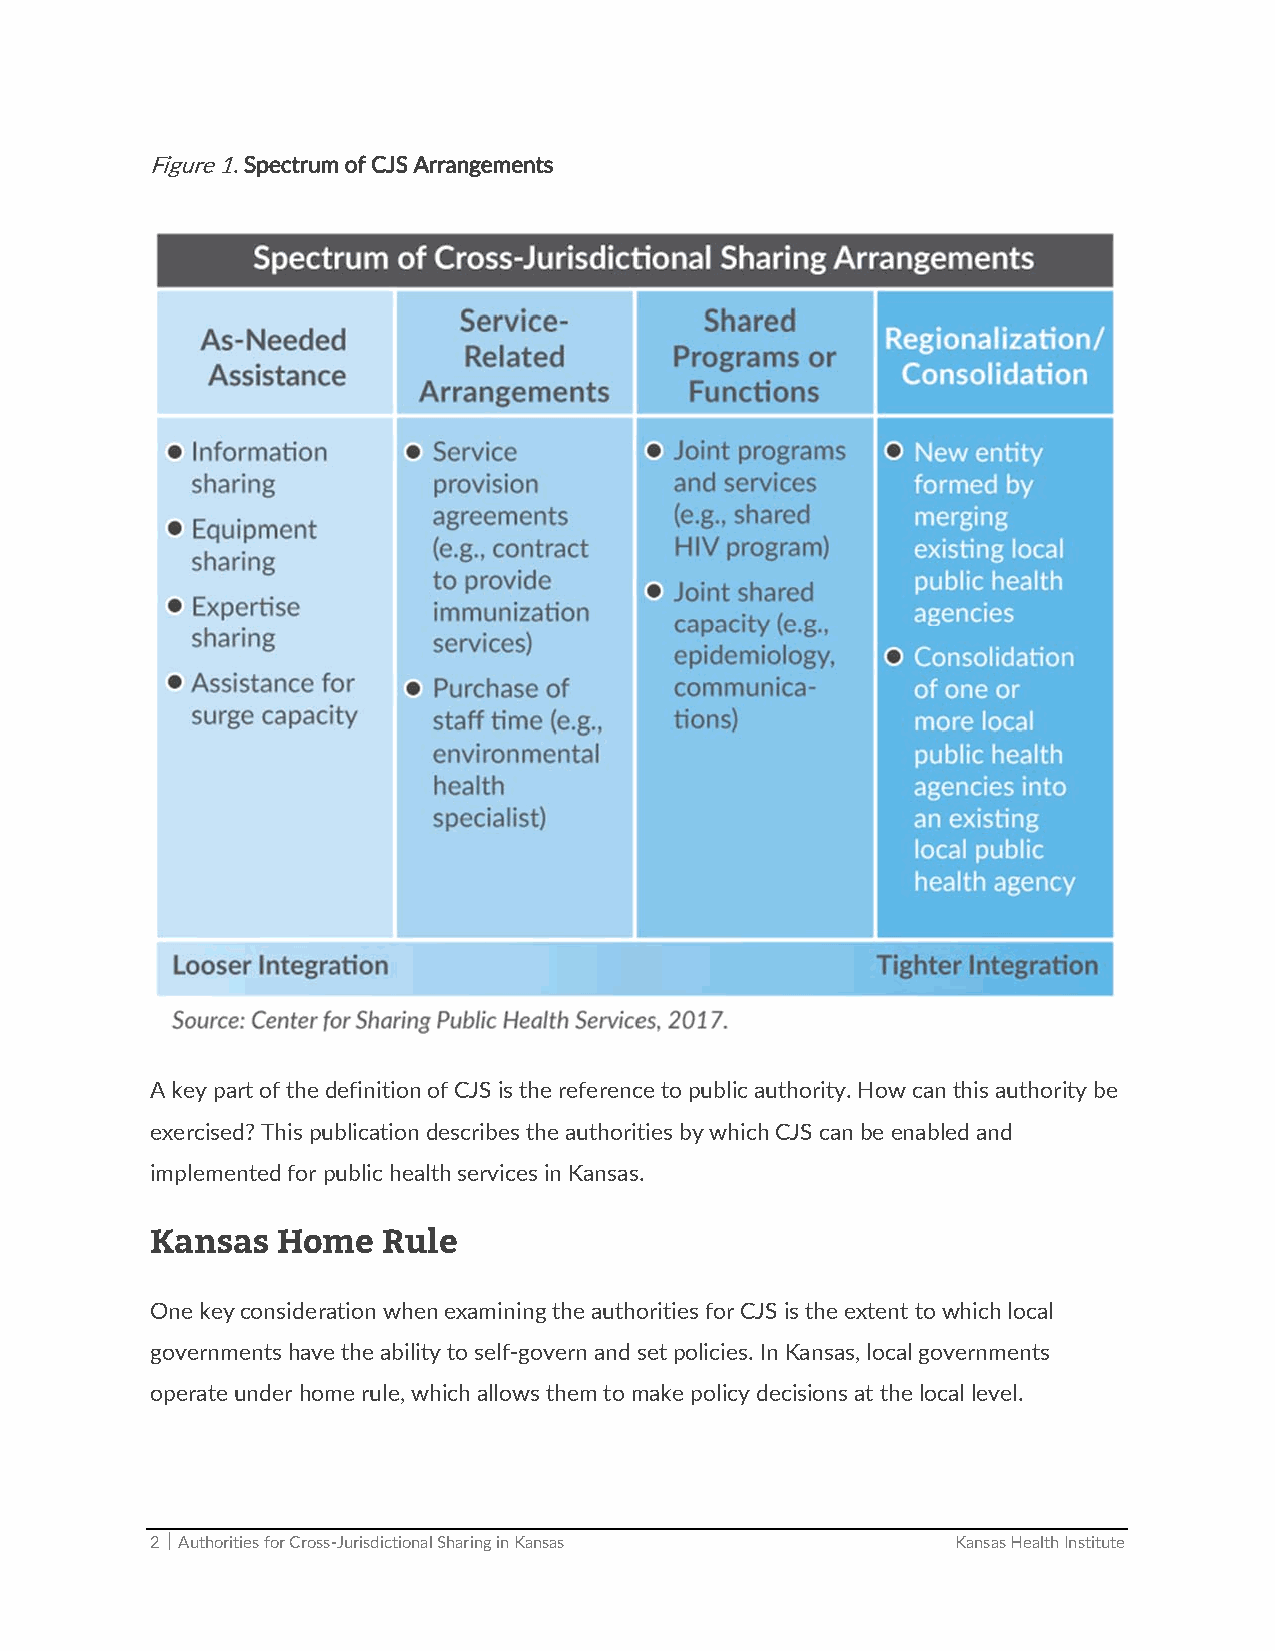
Figure 1. Spectrum of CJS Arrangements
 A key part of the definition of CJS is the reference to public authority. How can this authority be
 exercised? This publication describes the authorities by which CJS can be enabled and
 implemented for public health services in Kansas.
 Kansas  Home   Rule
 One key consideration when examining the authorities for CJS is the extent to which local
 governments have the ability to self‐govern and set policies. In Kansas, local governments
 operate under home rule, which allows them to make policy decisions at the local level.
 2  Authorities for Cross‐Jurisdictional Sharing in Kansas Kansas Health Institute